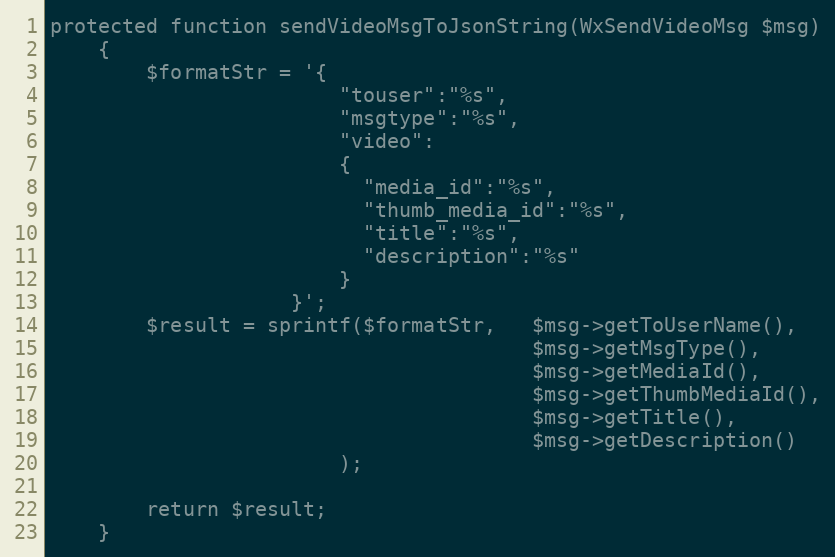
Language: PHP
protected function sendVideoMsgToJsonString(WxSendVideoMsg $msg)
    {
        $formatStr = '{
                        "touser":"%s",
                        "msgtype":"%s",
                        "video":
                        {
                          "media_id":"%s",
                          "thumb_media_id":"%s",
                          "title":"%s",
                          "description":"%s"
                        }
                    }';
        $result = sprintf($formatStr,   $msg->getToUserName(),
                                        $msg->getMsgType(),
                                        $msg->getMediaId(),
                                        $msg->getThumbMediaId(),
                                        $msg->getTitle(),
                                        $msg->getDescription()
                        );

        return $result;
    }